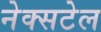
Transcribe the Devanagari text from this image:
नेक्सटेल